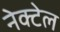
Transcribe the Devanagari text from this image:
नेक्टेल